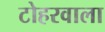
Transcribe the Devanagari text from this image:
टोहरवाला